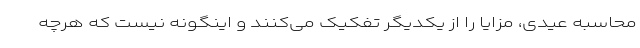
محاسبه عیدی، مزایا را از یکدیگر تفکیک می‌کنند و اینگونه نیست که هرچه